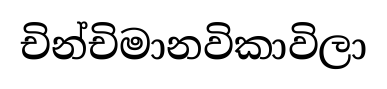
චින්චිමානවිකාවිලා